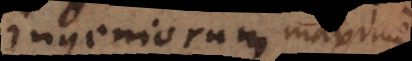
ingeniorum maxime